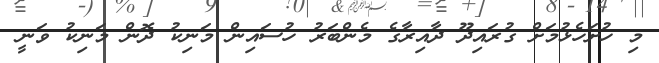
މި ހުށަހެޅުމަށް ގުރައިދޫ ދާއިރާގެ މެންބަރު ހުސައިން މަނިކު ދޮން މަނިކު ވަނީ